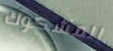
المشكوك